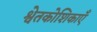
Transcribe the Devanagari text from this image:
श्वेतकोशिकाएँ